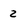
Character: 2